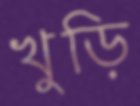
খুড়ি